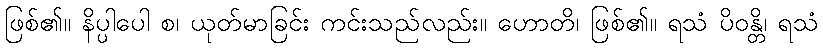
ဖြစ်၏။ နိပ္ပါပေါ စ၊ ယုတ်မာခြင်း ကင်းသည်လည်း။ ဟောတိ၊ ဖြစ်၏။ ရသံ ပိဝန္တိ၊ ရသံ